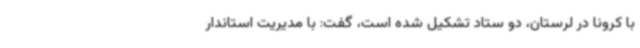
با کرونا در لرستان، دو ستاد تشکیل شده است، گفت: با مدیریت استاندار